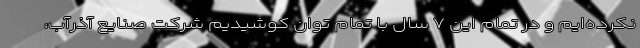
نکرده‌ایم و در تمام این ۷ سال با تمام توان کوشیدیم شرکت صنایع آذرآب،